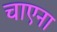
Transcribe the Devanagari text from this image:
चाएना